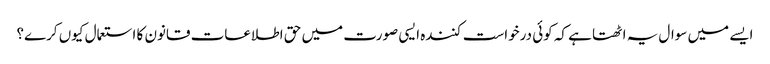
ایسے میں سوال یہ اٹھتا ہے کہ کوئی درخواست کنندہ ایسی صورت میں حق اطلاعات قانون کا استعمال کیوں کرے؟